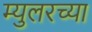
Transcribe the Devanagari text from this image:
म्युलरच्या